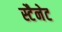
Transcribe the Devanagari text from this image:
स्टैनेट